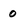
Character: 0